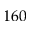
1 6 0